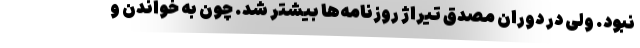
نبود. ولی در دوران مصدق تیراژ روزنامه‌ها بیشتر شد. چون به خواندن و